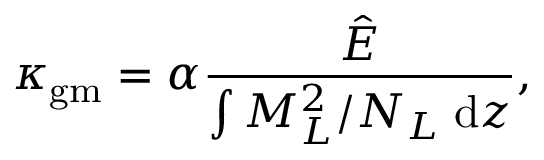
\kappa _ { \mathrm { g m } } = \alpha \frac { \hat { E } } { \int M _ { L } ^ { 2 } / N _ { L } \; \mathrm { d } z } ,